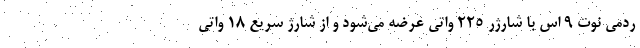
ردمی نوت ۹ اس با شارژر ۲۲۵ واتی عرضه می‌شود و از شارژ سریع ۱۸ واتی